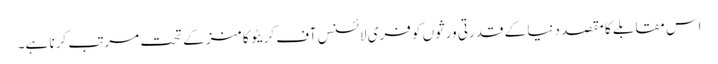
اس مقابلے کا مقصد دنیا کے قدرتی ورثوں کو فری لائسنس آف کریٹو کامنز کے تحت مرتب کرنا ہے۔